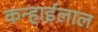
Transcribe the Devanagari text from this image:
कन्हाईलाल